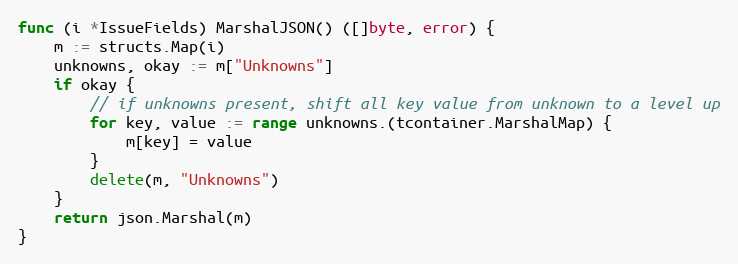
Language: Go
func (i *IssueFields) MarshalJSON() ([]byte, error) {
	m := structs.Map(i)
	unknowns, okay := m["Unknowns"]
	if okay {
		// if unknowns present, shift all key value from unknown to a level up
		for key, value := range unknowns.(tcontainer.MarshalMap) {
			m[key] = value
		}
		delete(m, "Unknowns")
	}
	return json.Marshal(m)
}